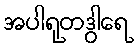
အပါရုတဒွါရေ